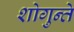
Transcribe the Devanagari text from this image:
शोगुन्ते